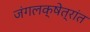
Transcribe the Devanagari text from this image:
जंगलक्षेत्रांत